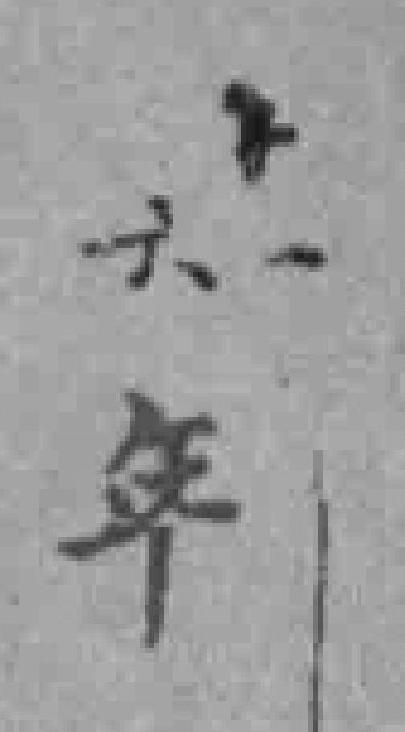
*六年